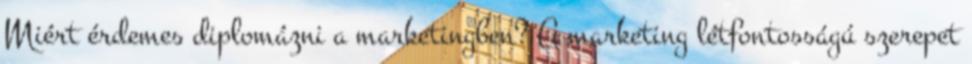
Miért érdemes diplomázni a marketingben? A marketing létfontosságú szerepet